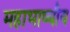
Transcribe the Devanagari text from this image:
महाभाष्यीय